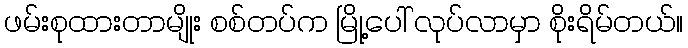
ဖမ်းစုထားတာမျိုး စစ်တပ်က မြို့ပေါ် လုပ်လာမှာ စိုးရိမ်တယ်။